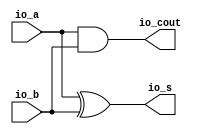
module HA( // @[:@3.2]
  output  io_s, // @[:@6.4]
  output  io_cout, // @[:@6.4]
  input   io_a, // @[:@6.4]
  input   io_b // @[:@6.4]
);
  assign io_s = io_a ^ io_b; // @[RA_Mul.scala 12:8:@11.4]
  assign io_cout = io_a & io_b; // @[RA_Mul.scala 11:11:@9.4]
endmodule
module FA( // @[:@13.2]
  output  io_s, // @[:@16.4]
  output  io_cout, // @[:@16.4]
  input   io_a, // @[:@16.4]
  input   io_b, // @[:@16.4]
  input   io_cin // @[:@16.4]
);
  wire  _T_15; // @[RA_Mul.scala 35:16:@18.4]
  wire  _T_17; // @[RA_Mul.scala 36:20:@21.4]
  wire  _T_18; // @[RA_Mul.scala 36:36:@22.4]
  wire  _T_19; // @[RA_Mul.scala 36:28:@23.4]
  wire  _T_20; // @[RA_Mul.scala 36:54:@24.4]
  assign _T_15 = io_a ^ io_b; // @[RA_Mul.scala 35:16:@18.4]
  assign _T_17 = io_a & io_b; // @[RA_Mul.scala 36:20:@21.4]
  assign _T_18 = io_a & io_cin; // @[RA_Mul.scala 36:36:@22.4]
  assign _T_19 = _T_17 | _T_18; // @[RA_Mul.scala 36:28:@23.4]
  assign _T_20 = io_b & io_cin; // @[RA_Mul.scala 36:54:@24.4]
  assign io_s = _T_15 ^ io_cin; // @[RA_Mul.scala 35:8:@20.4]
  assign io_cout = _T_19 | _T_20; // @[RA_Mul.scala 36:11:@26.4]
endmodule
module Reduction_3( // @[:@298.2]
  input   clock, // @[:@299.4]
  input   reset, // @[:@300.4]
  output  io_matrix_o_0_0, // @[:@301.4]
  output  io_matrix_o_0_1, // @[:@301.4]
  output  io_matrix_o_0_2, // @[:@301.4]
  output  io_matrix_o_0_3, // @[:@301.4]
  output  io_matrix_o_0_4, // @[:@301.4]
  output  io_matrix_o_0_5, // @[:@301.4]
  output  io_matrix_o_0_6, // @[:@301.4]
  output  io_matrix_o_0_7, // @[:@301.4]
  output  io_matrix_o_0_8, // @[:@301.4]
  output  io_matrix_o_0_9, // @[:@301.4]
  output  io_matrix_o_0_10, // @[:@301.4]
  output  io_matrix_o_0_11, // @[:@301.4]
  output  io_matrix_o_0_12, // @[:@301.4]
  output  io_matrix_o_0_13, // @[:@301.4]
  output  io_matrix_o_0_14, // @[:@301.4]
  output  io_matrix_o_0_15, // @[:@301.4]
  output  io_matrix_o_0_16, // @[:@301.4]
  output  io_matrix_o_0_17, // @[:@301.4]
  output  io_matrix_o_0_18, // @[:@301.4]
  output  io_matrix_o_0_19, // @[:@301.4]
  output  io_matrix_o_0_20, // @[:@301.4]
  output  io_matrix_o_0_21, // @[:@301.4]
  output  io_matrix_o_0_22, // @[:@301.4]
  output  io_matrix_o_0_23, // @[:@301.4]
  output  io_matrix_o_0_24, // @[:@301.4]
  output  io_matrix_o_0_25, // @[:@301.4]
  output  io_matrix_o_0_26, // @[:@301.4]
  output  io_matrix_o_0_27, // @[:@301.4]
  output  io_matrix_o_0_28, // @[:@301.4]
  output  io_matrix_o_0_29, // @[:@301.4]
  output  io_matrix_o_0_30, // @[:@301.4]
  output  io_matrix_o_0_31, // @[:@301.4]
  output  io_matrix_o_1_0, // @[:@301.4]
  output  io_matrix_o_1_1, // @[:@301.4]
  output  io_matrix_o_1_2, // @[:@301.4]
  output  io_matrix_o_1_3, // @[:@301.4]
  output  io_matrix_o_1_4, // @[:@301.4]
  output  io_matrix_o_1_5, // @[:@301.4]
  output  io_matrix_o_1_6, // @[:@301.4]
  output  io_matrix_o_1_7, // @[:@301.4]
  output  io_matrix_o_1_8, // @[:@301.4]
  output  io_matrix_o_1_9, // @[:@301.4]
  output  io_matrix_o_1_10, // @[:@301.4]
  output  io_matrix_o_1_11, // @[:@301.4]
  output  io_matrix_o_1_12, // @[:@301.4]
  output  io_matrix_o_1_13, // @[:@301.4]
  output  io_matrix_o_1_14, // @[:@301.4]
  output  io_matrix_o_1_15, // @[:@301.4]
  output  io_matrix_o_1_16, // @[:@301.4]
  output  io_matrix_o_1_17, // @[:@301.4]
  output  io_matrix_o_1_18, // @[:@301.4]
  output  io_matrix_o_1_19, // @[:@301.4]
  output  io_matrix_o_1_20, // @[:@301.4]
  output  io_matrix_o_1_21, // @[:@301.4]
  output  io_matrix_o_1_22, // @[:@301.4]
  output  io_matrix_o_1_23, // @[:@301.4]
  output  io_matrix_o_1_24, // @[:@301.4]
  output  io_matrix_o_1_25, // @[:@301.4]
  output  io_matrix_o_1_26, // @[:@301.4]
  output  io_matrix_o_1_27, // @[:@301.4]
  output  io_matrix_o_1_28, // @[:@301.4]
  output  io_matrix_o_1_29, // @[:@301.4]
  output  io_matrix_o_1_30, // @[:@301.4]
  output  io_matrix_o_1_31, // @[:@301.4]
  output  io_matrix_o_2_0, // @[:@301.4]
  output  io_matrix_o_2_1, // @[:@301.4]
  output  io_matrix_o_2_2, // @[:@301.4]
  output  io_matrix_o_2_3, // @[:@301.4]
  output  io_matrix_o_2_4, // @[:@301.4]
  output  io_matrix_o_2_5, // @[:@301.4]
  output  io_matrix_o_2_6, // @[:@301.4]
  output  io_matrix_o_2_7, // @[:@301.4]
  output  io_matrix_o_2_8, // @[:@301.4]
  output  io_matrix_o_2_9, // @[:@301.4]
  output  io_matrix_o_2_10, // @[:@301.4]
  output  io_matrix_o_2_11, // @[:@301.4]
  output  io_matrix_o_2_12, // @[:@301.4]
  output  io_matrix_o_2_13, // @[:@301.4]
  output  io_matrix_o_2_14, // @[:@301.4]
  output  io_matrix_o_2_15, // @[:@301.4]
  output  io_matrix_o_2_16, // @[:@301.4]
  output  io_matrix_o_2_17, // @[:@301.4]
  output  io_matrix_o_2_18, // @[:@301.4]
  output  io_matrix_o_2_19, // @[:@301.4]
  output  io_matrix_o_2_20, // @[:@301.4]
  output  io_matrix_o_2_21, // @[:@301.4]
  output  io_matrix_o_2_22, // @[:@301.4]
  output  io_matrix_o_2_23, // @[:@301.4]
  output  io_matrix_o_2_24, // @[:@301.4]
  output  io_matrix_o_2_25, // @[:@301.4]
  output  io_matrix_o_2_26, // @[:@301.4]
  output  io_matrix_o_2_27, // @[:@301.4]
  output  io_matrix_o_2_28, // @[:@301.4]
  output  io_matrix_o_2_29, // @[:@301.4]
  output  io_matrix_o_2_30, // @[:@301.4]
  output  io_matrix_o_2_31, // @[:@301.4]
  input   io_matrix_i_0_0, // @[:@301.4]
  input   io_matrix_i_0_1, // @[:@301.4]
  input   io_matrix_i_0_2, // @[:@301.4]
  input   io_matrix_i_0_3, // @[:@301.4]
  input   io_matrix_i_0_4, // @[:@301.4]
  input   io_matrix_i_0_5, // @[:@301.4]
  input   io_matrix_i_0_6, // @[:@301.4]
  input   io_matrix_i_0_7, // @[:@301.4]
  input   io_matrix_i_0_8, // @[:@301.4]
  input   io_matrix_i_0_9, // @[:@301.4]
  input   io_matrix_i_0_10, // @[:@301.4]
  input   io_matrix_i_0_11, // @[:@301.4]
  input   io_matrix_i_0_12, // @[:@301.4]
  input   io_matrix_i_0_13, // @[:@301.4]
  input   io_matrix_i_0_14, // @[:@301.4]
  input   io_matrix_i_0_15, // @[:@301.4]
  input   io_matrix_i_0_16, // @[:@301.4]
  input   io_matrix_i_0_17, // @[:@301.4]
  input   io_matrix_i_0_18, // @[:@301.4]
  input   io_matrix_i_0_19, // @[:@301.4]
  input   io_matrix_i_0_20, // @[:@301.4]
  input   io_matrix_i_0_21, // @[:@301.4]
  input   io_matrix_i_0_22, // @[:@301.4]
  input   io_matrix_i_0_23, // @[:@301.4]
  input   io_matrix_i_0_24, // @[:@301.4]
  input   io_matrix_i_0_25, // @[:@301.4]
  input   io_matrix_i_0_26, // @[:@301.4]
  input   io_matrix_i_0_27, // @[:@301.4]
  input   io_matrix_i_0_28, // @[:@301.4]
  input   io_matrix_i_0_29, // @[:@301.4]
  input   io_matrix_i_0_30, // @[:@301.4]
  input   io_matrix_i_0_31, // @[:@301.4]
  input   io_matrix_i_1_0, // @[:@301.4]
  input   io_matrix_i_1_1, // @[:@301.4]
  input   io_matrix_i_1_2, // @[:@301.4]
  input   io_matrix_i_1_3, // @[:@301.4]
  input   io_matrix_i_1_4, // @[:@301.4]
  input   io_matrix_i_1_5, // @[:@301.4]
  input   io_matrix_i_1_6, // @[:@301.4]
  input   io_matrix_i_1_7, // @[:@301.4]
  input   io_matrix_i_1_8, // @[:@301.4]
  input   io_matrix_i_1_9, // @[:@301.4]
  input   io_matrix_i_1_10, // @[:@301.4]
  input   io_matrix_i_1_11, // @[:@301.4]
  input   io_matrix_i_1_12, // @[:@301.4]
  input   io_matrix_i_1_13, // @[:@301.4]
  input   io_matrix_i_1_14, // @[:@301.4]
  input   io_matrix_i_1_15, // @[:@301.4]
  input   io_matrix_i_1_16, // @[:@301.4]
  input   io_matrix_i_1_17, // @[:@301.4]
  input   io_matrix_i_1_18, // @[:@301.4]
  input   io_matrix_i_1_19, // @[:@301.4]
  input   io_matrix_i_1_20, // @[:@301.4]
  input   io_matrix_i_1_21, // @[:@301.4]
  input   io_matrix_i_1_22, // @[:@301.4]
  input   io_matrix_i_1_23, // @[:@301.4]
  input   io_matrix_i_1_24, // @[:@301.4]
  input   io_matrix_i_1_25, // @[:@301.4]
  input   io_matrix_i_1_26, // @[:@301.4]
  input   io_matrix_i_1_27, // @[:@301.4]
  input   io_matrix_i_1_28, // @[:@301.4]
  input   io_matrix_i_1_29, // @[:@301.4]
  input   io_matrix_i_1_30, // @[:@301.4]
  input   io_matrix_i_1_31, // @[:@301.4]
  input   io_matrix_i_2_0, // @[:@301.4]
  input   io_matrix_i_2_1, // @[:@301.4]
  input   io_matrix_i_2_2, // @[:@301.4]
  input   io_matrix_i_2_3, // @[:@301.4]
  input   io_matrix_i_2_4, // @[:@301.4]
  input   io_matrix_i_2_5, // @[:@301.4]
  input   io_matrix_i_2_6, // @[:@301.4]
  input   io_matrix_i_2_7, // @[:@301.4]
  input   io_matrix_i_2_8, // @[:@301.4]
  input   io_matrix_i_2_9, // @[:@301.4]
  input   io_matrix_i_2_10, // @[:@301.4]
  input   io_matrix_i_2_11, // @[:@301.4]
  input   io_matrix_i_2_12, // @[:@301.4]
  input   io_matrix_i_2_13, // @[:@301.4]
  input   io_matrix_i_2_14, // @[:@301.4]
  input   io_matrix_i_2_15, // @[:@301.4]
  input   io_matrix_i_2_16, // @[:@301.4]
  input   io_matrix_i_2_17, // @[:@301.4]
  input   io_matrix_i_2_18, // @[:@301.4]
  input   io_matrix_i_2_19, // @[:@301.4]
  input   io_matrix_i_2_20, // @[:@301.4]
  input   io_matrix_i_2_21, // @[:@301.4]
  input   io_matrix_i_2_22, // @[:@301.4]
  input   io_matrix_i_2_23, // @[:@301.4]
  input   io_matrix_i_2_24, // @[:@301.4]
  input   io_matrix_i_2_25, // @[:@301.4]
  input   io_matrix_i_2_26, // @[:@301.4]
  input   io_matrix_i_2_27, // @[:@301.4]
  input   io_matrix_i_2_28, // @[:@301.4]
  input   io_matrix_i_2_29, // @[:@301.4]
  input   io_matrix_i_2_30, // @[:@301.4]
  input   io_matrix_i_2_31, // @[:@301.4]
  input   io_matrix_i_3_0, // @[:@301.4]
  input   io_matrix_i_3_1, // @[:@301.4]
  input   io_matrix_i_3_2, // @[:@301.4]
  input   io_matrix_i_3_3, // @[:@301.4]
  input   io_matrix_i_3_4, // @[:@301.4]
  input   io_matrix_i_3_5, // @[:@301.4]
  input   io_matrix_i_3_6, // @[:@301.4]
  input   io_matrix_i_3_7, // @[:@301.4]
  input   io_matrix_i_3_8, // @[:@301.4]
  input   io_matrix_i_3_9, // @[:@301.4]
  input   io_matrix_i_3_10, // @[:@301.4]
  input   io_matrix_i_3_11, // @[:@301.4]
  input   io_matrix_i_3_12, // @[:@301.4]
  input   io_matrix_i_3_13, // @[:@301.4]
  input   io_matrix_i_3_14, // @[:@301.4]
  input   io_matrix_i_3_15, // @[:@301.4]
  input   io_matrix_i_3_16, // @[:@301.4]
  input   io_matrix_i_3_17, // @[:@301.4]
  input   io_matrix_i_3_18, // @[:@301.4]
  input   io_matrix_i_3_19, // @[:@301.4]
  input   io_matrix_i_3_20, // @[:@301.4]
  input   io_matrix_i_3_21, // @[:@301.4]
  input   io_matrix_i_3_22, // @[:@301.4]
  input   io_matrix_i_3_23, // @[:@301.4]
  input   io_matrix_i_3_24, // @[:@301.4]
  input   io_matrix_i_3_25, // @[:@301.4]
  input   io_matrix_i_3_26, // @[:@301.4]
  input   io_matrix_i_3_27, // @[:@301.4]
  input   io_matrix_i_3_28, // @[:@301.4]
  input   io_matrix_i_3_29, // @[:@301.4]
  input   io_matrix_i_3_30, // @[:@301.4]
  input   io_matrix_i_3_31 // @[:@301.4]
);
  wire  HA_io_s; // @[RA_Mul.scala 18:21:@309.4]
  wire  HA_io_cout; // @[RA_Mul.scala 18:21:@309.4]
  wire  HA_io_a; // @[RA_Mul.scala 18:21:@309.4]
  wire  HA_io_b; // @[RA_Mul.scala 18:21:@309.4]
  wire  FA_io_s; // @[RA_Mul.scala 42:21:@320.4]
  wire  FA_io_cout; // @[RA_Mul.scala 42:21:@320.4]
  wire  FA_io_a; // @[RA_Mul.scala 42:21:@320.4]
  wire  FA_io_b; // @[RA_Mul.scala 42:21:@320.4]
  wire  FA_io_cin; // @[RA_Mul.scala 42:21:@320.4]
  wire  FA_1_io_s; // @[RA_Mul.scala 42:21:@341.4]
  wire  FA_1_io_cout; // @[RA_Mul.scala 42:21:@341.4]
  wire  FA_1_io_a; // @[RA_Mul.scala 42:21:@341.4]
  wire  FA_1_io_b; // @[RA_Mul.scala 42:21:@341.4]
  wire  FA_1_io_cin; // @[RA_Mul.scala 42:21:@341.4]
  wire  FA_2_io_s; // @[RA_Mul.scala 42:21:@351.4]
  wire  FA_2_io_cout; // @[RA_Mul.scala 42:21:@351.4]
  wire  FA_2_io_a; // @[RA_Mul.scala 42:21:@351.4]
  wire  FA_2_io_b; // @[RA_Mul.scala 42:21:@351.4]
  wire  FA_2_io_cin; // @[RA_Mul.scala 42:21:@351.4]
  wire  FA_3_io_s; // @[RA_Mul.scala 42:21:@360.4]
  wire  FA_3_io_cout; // @[RA_Mul.scala 42:21:@360.4]
  wire  FA_3_io_a; // @[RA_Mul.scala 42:21:@360.4]
  wire  FA_3_io_b; // @[RA_Mul.scala 42:21:@360.4]
  wire  FA_3_io_cin; // @[RA_Mul.scala 42:21:@360.4]
  wire  FA_4_io_s; // @[RA_Mul.scala 42:21:@369.4]
  wire  FA_4_io_cout; // @[RA_Mul.scala 42:21:@369.4]
  wire  FA_4_io_a; // @[RA_Mul.scala 42:21:@369.4]
  wire  FA_4_io_b; // @[RA_Mul.scala 42:21:@369.4]
  wire  FA_4_io_cin; // @[RA_Mul.scala 42:21:@369.4]
  wire  FA_5_io_s; // @[RA_Mul.scala 42:21:@378.4]
  wire  FA_5_io_cout; // @[RA_Mul.scala 42:21:@378.4]
  wire  FA_5_io_a; // @[RA_Mul.scala 42:21:@378.4]
  wire  FA_5_io_b; // @[RA_Mul.scala 42:21:@378.4]
  wire  FA_5_io_cin; // @[RA_Mul.scala 42:21:@378.4]
  wire  FA_6_io_s; // @[RA_Mul.scala 42:21:@387.4]
  wire  FA_6_io_cout; // @[RA_Mul.scala 42:21:@387.4]
  wire  FA_6_io_a; // @[RA_Mul.scala 42:21:@387.4]
  wire  FA_6_io_b; // @[RA_Mul.scala 42:21:@387.4]
  wire  FA_6_io_cin; // @[RA_Mul.scala 42:21:@387.4]
  wire  FA_7_io_s; // @[RA_Mul.scala 42:21:@396.4]
  wire  FA_7_io_cout; // @[RA_Mul.scala 42:21:@396.4]
  wire  FA_7_io_a; // @[RA_Mul.scala 42:21:@396.4]
  wire  FA_7_io_b; // @[RA_Mul.scala 42:21:@396.4]
  wire  FA_7_io_cin; // @[RA_Mul.scala 42:21:@396.4]
  wire  FA_8_io_s; // @[RA_Mul.scala 42:21:@405.4]
  wire  FA_8_io_cout; // @[RA_Mul.scala 42:21:@405.4]
  wire  FA_8_io_a; // @[RA_Mul.scala 42:21:@405.4]
  wire  FA_8_io_b; // @[RA_Mul.scala 42:21:@405.4]
  wire  FA_8_io_cin; // @[RA_Mul.scala 42:21:@405.4]
  wire  FA_9_io_s; // @[RA_Mul.scala 42:21:@414.4]
  wire  FA_9_io_cout; // @[RA_Mul.scala 42:21:@414.4]
  wire  FA_9_io_a; // @[RA_Mul.scala 42:21:@414.4]
  wire  FA_9_io_b; // @[RA_Mul.scala 42:21:@414.4]
  wire  FA_9_io_cin; // @[RA_Mul.scala 42:21:@414.4]
  wire  FA_10_io_s; // @[RA_Mul.scala 42:21:@423.4]
  wire  FA_10_io_cout; // @[RA_Mul.scala 42:21:@423.4]
  wire  FA_10_io_a; // @[RA_Mul.scala 42:21:@423.4]
  wire  FA_10_io_b; // @[RA_Mul.scala 42:21:@423.4]
  wire  FA_10_io_cin; // @[RA_Mul.scala 42:21:@423.4]
  wire  FA_11_io_s; // @[RA_Mul.scala 42:21:@432.4]
  wire  FA_11_io_cout; // @[RA_Mul.scala 42:21:@432.4]
  wire  FA_11_io_a; // @[RA_Mul.scala 42:21:@432.4]
  wire  FA_11_io_b; // @[RA_Mul.scala 42:21:@432.4]
  wire  FA_11_io_cin; // @[RA_Mul.scala 42:21:@432.4]
  wire  FA_12_io_s; // @[RA_Mul.scala 42:21:@441.4]
  wire  FA_12_io_cout; // @[RA_Mul.scala 42:21:@441.4]
  wire  FA_12_io_a; // @[RA_Mul.scala 42:21:@441.4]
  wire  FA_12_io_b; // @[RA_Mul.scala 42:21:@441.4]
  wire  FA_12_io_cin; // @[RA_Mul.scala 42:21:@441.4]
  wire  FA_13_io_s; // @[RA_Mul.scala 42:21:@450.4]
  wire  FA_13_io_cout; // @[RA_Mul.scala 42:21:@450.4]
  wire  FA_13_io_a; // @[RA_Mul.scala 42:21:@450.4]
  wire  FA_13_io_b; // @[RA_Mul.scala 42:21:@450.4]
  wire  FA_13_io_cin; // @[RA_Mul.scala 42:21:@450.4]
  wire  FA_14_io_s; // @[RA_Mul.scala 42:21:@459.4]
  wire  FA_14_io_cout; // @[RA_Mul.scala 42:21:@459.4]
  wire  FA_14_io_a; // @[RA_Mul.scala 42:21:@459.4]
  wire  FA_14_io_b; // @[RA_Mul.scala 42:21:@459.4]
  wire  FA_14_io_cin; // @[RA_Mul.scala 42:21:@459.4]
  wire  FA_15_io_s; // @[RA_Mul.scala 42:21:@468.4]
  wire  FA_15_io_cout; // @[RA_Mul.scala 42:21:@468.4]
  wire  FA_15_io_a; // @[RA_Mul.scala 42:21:@468.4]
  wire  FA_15_io_b; // @[RA_Mul.scala 42:21:@468.4]
  wire  FA_15_io_cin; // @[RA_Mul.scala 42:21:@468.4]
  wire  FA_16_io_s; // @[RA_Mul.scala 42:21:@477.4]
  wire  FA_16_io_cout; // @[RA_Mul.scala 42:21:@477.4]
  wire  FA_16_io_a; // @[RA_Mul.scala 42:21:@477.4]
  wire  FA_16_io_b; // @[RA_Mul.scala 42:21:@477.4]
  wire  FA_16_io_cin; // @[RA_Mul.scala 42:21:@477.4]
  wire  FA_17_io_s; // @[RA_Mul.scala 42:21:@491.4]
  wire  FA_17_io_cout; // @[RA_Mul.scala 42:21:@491.4]
  wire  FA_17_io_a; // @[RA_Mul.scala 42:21:@491.4]
  wire  FA_17_io_b; // @[RA_Mul.scala 42:21:@491.4]
  wire  FA_17_io_cin; // @[RA_Mul.scala 42:21:@491.4]
  wire  FA_18_io_s; // @[RA_Mul.scala 42:21:@506.4]
  wire  FA_18_io_cout; // @[RA_Mul.scala 42:21:@506.4]
  wire  FA_18_io_a; // @[RA_Mul.scala 42:21:@506.4]
  wire  FA_18_io_b; // @[RA_Mul.scala 42:21:@506.4]
  wire  FA_18_io_cin; // @[RA_Mul.scala 42:21:@506.4]
  HA HA ( // @[RA_Mul.scala 18:21:@309.4]
    .io_s(HA_io_s),
    .io_cout(HA_io_cout),
    .io_a(HA_io_a),
    .io_b(HA_io_b)
  );
  FA FA ( // @[RA_Mul.scala 42:21:@320.4]
    .io_s(FA_io_s),
    .io_cout(FA_io_cout),
    .io_a(FA_io_a),
    .io_b(FA_io_b),
    .io_cin(FA_io_cin)
  );
  FA FA_1 ( // @[RA_Mul.scala 42:21:@341.4]
    .io_s(FA_1_io_s),
    .io_cout(FA_1_io_cout),
    .io_a(FA_1_io_a),
    .io_b(FA_1_io_b),
    .io_cin(FA_1_io_cin)
  );
  FA FA_2 ( // @[RA_Mul.scala 42:21:@351.4]
    .io_s(FA_2_io_s),
    .io_cout(FA_2_io_cout),
    .io_a(FA_2_io_a),
    .io_b(FA_2_io_b),
    .io_cin(FA_2_io_cin)
  );
  FA FA_3 ( // @[RA_Mul.scala 42:21:@360.4]
    .io_s(FA_3_io_s),
    .io_cout(FA_3_io_cout),
    .io_a(FA_3_io_a),
    .io_b(FA_3_io_b),
    .io_cin(FA_3_io_cin)
  );
  FA FA_4 ( // @[RA_Mul.scala 42:21:@369.4]
    .io_s(FA_4_io_s),
    .io_cout(FA_4_io_cout),
    .io_a(FA_4_io_a),
    .io_b(FA_4_io_b),
    .io_cin(FA_4_io_cin)
  );
  FA FA_5 ( // @[RA_Mul.scala 42:21:@378.4]
    .io_s(FA_5_io_s),
    .io_cout(FA_5_io_cout),
    .io_a(FA_5_io_a),
    .io_b(FA_5_io_b),
    .io_cin(FA_5_io_cin)
  );
  FA FA_6 ( // @[RA_Mul.scala 42:21:@387.4]
    .io_s(FA_6_io_s),
    .io_cout(FA_6_io_cout),
    .io_a(FA_6_io_a),
    .io_b(FA_6_io_b),
    .io_cin(FA_6_io_cin)
  );
  FA FA_7 ( // @[RA_Mul.scala 42:21:@396.4]
    .io_s(FA_7_io_s),
    .io_cout(FA_7_io_cout),
    .io_a(FA_7_io_a),
    .io_b(FA_7_io_b),
    .io_cin(FA_7_io_cin)
  );
  FA FA_8 ( // @[RA_Mul.scala 42:21:@405.4]
    .io_s(FA_8_io_s),
    .io_cout(FA_8_io_cout),
    .io_a(FA_8_io_a),
    .io_b(FA_8_io_b),
    .io_cin(FA_8_io_cin)
  );
  FA FA_9 ( // @[RA_Mul.scala 42:21:@414.4]
    .io_s(FA_9_io_s),
    .io_cout(FA_9_io_cout),
    .io_a(FA_9_io_a),
    .io_b(FA_9_io_b),
    .io_cin(FA_9_io_cin)
  );
  FA FA_10 ( // @[RA_Mul.scala 42:21:@423.4]
    .io_s(FA_10_io_s),
    .io_cout(FA_10_io_cout),
    .io_a(FA_10_io_a),
    .io_b(FA_10_io_b),
    .io_cin(FA_10_io_cin)
  );
  FA FA_11 ( // @[RA_Mul.scala 42:21:@432.4]
    .io_s(FA_11_io_s),
    .io_cout(FA_11_io_cout),
    .io_a(FA_11_io_a),
    .io_b(FA_11_io_b),
    .io_cin(FA_11_io_cin)
  );
  FA FA_12 ( // @[RA_Mul.scala 42:21:@441.4]
    .io_s(FA_12_io_s),
    .io_cout(FA_12_io_cout),
    .io_a(FA_12_io_a),
    .io_b(FA_12_io_b),
    .io_cin(FA_12_io_cin)
  );
  FA FA_13 ( // @[RA_Mul.scala 42:21:@450.4]
    .io_s(FA_13_io_s),
    .io_cout(FA_13_io_cout),
    .io_a(FA_13_io_a),
    .io_b(FA_13_io_b),
    .io_cin(FA_13_io_cin)
  );
  FA FA_14 ( // @[RA_Mul.scala 42:21:@459.4]
    .io_s(FA_14_io_s),
    .io_cout(FA_14_io_cout),
    .io_a(FA_14_io_a),
    .io_b(FA_14_io_b),
    .io_cin(FA_14_io_cin)
  );
  FA FA_15 ( // @[RA_Mul.scala 42:21:@468.4]
    .io_s(FA_15_io_s),
    .io_cout(FA_15_io_cout),
    .io_a(FA_15_io_a),
    .io_b(FA_15_io_b),
    .io_cin(FA_15_io_cin)
  );
  FA FA_16 ( // @[RA_Mul.scala 42:21:@477.4]
    .io_s(FA_16_io_s),
    .io_cout(FA_16_io_cout),
    .io_a(FA_16_io_a),
    .io_b(FA_16_io_b),
    .io_cin(FA_16_io_cin)
  );
  FA FA_17 ( // @[RA_Mul.scala 42:21:@491.4]
    .io_s(FA_17_io_s),
    .io_cout(FA_17_io_cout),
    .io_a(FA_17_io_a),
    .io_b(FA_17_io_b),
    .io_cin(FA_17_io_cin)
  );
  FA FA_18 ( // @[RA_Mul.scala 42:21:@506.4]
    .io_s(FA_18_io_s),
    .io_cout(FA_18_io_cout),
    .io_a(FA_18_io_a),
    .io_b(FA_18_io_b),
    .io_cin(FA_18_io_cin)
  );
  assign io_matrix_o_0_0 = io_matrix_i_0_0; // @[RA_Mul.scala 421:21:@303.4]
  assign io_matrix_o_0_1 = io_matrix_i_0_1; // @[RA_Mul.scala 424:21:@306.4]
  assign io_matrix_o_0_2 = HA_io_s; // @[RA_Mul.scala 21:7:@314.4]
  assign io_matrix_o_0_3 = io_matrix_i_0_3; // @[RA_Mul.scala 430:21:@318.4]
  assign io_matrix_o_0_4 = FA_io_s; // @[RA_Mul.scala 46:7:@326.4]
  assign io_matrix_o_0_5 = io_matrix_i_0_5; // @[RA_Mul.scala 436:21:@330.4]
  assign io_matrix_o_0_6 = io_matrix_i_0_6; // @[RA_Mul.scala 440:23:@332.4]
  assign io_matrix_o_0_7 = io_matrix_i_0_7; // @[RA_Mul.scala 440:23:@335.4]
  assign io_matrix_o_0_8 = io_matrix_i_0_8; // @[RA_Mul.scala 440:23:@338.4]
  assign io_matrix_o_0_9 = FA_1_io_s; // @[RA_Mul.scala 46:7:@347.4]
  assign io_matrix_o_0_10 = FA_2_io_s; // @[RA_Mul.scala 46:7:@357.4]
  assign io_matrix_o_0_11 = FA_3_io_s; // @[RA_Mul.scala 46:7:@366.4]
  assign io_matrix_o_0_12 = FA_4_io_s; // @[RA_Mul.scala 46:7:@375.4]
  assign io_matrix_o_0_13 = FA_5_io_s; // @[RA_Mul.scala 46:7:@384.4]
  assign io_matrix_o_0_14 = FA_6_io_s; // @[RA_Mul.scala 46:7:@393.4]
  assign io_matrix_o_0_15 = FA_7_io_s; // @[RA_Mul.scala 46:7:@402.4]
  assign io_matrix_o_0_16 = FA_8_io_s; // @[RA_Mul.scala 46:7:@411.4]
  assign io_matrix_o_0_17 = FA_9_io_s; // @[RA_Mul.scala 46:7:@420.4]
  assign io_matrix_o_0_18 = FA_10_io_s; // @[RA_Mul.scala 46:7:@429.4]
  assign io_matrix_o_0_19 = FA_11_io_s; // @[RA_Mul.scala 46:7:@438.4]
  assign io_matrix_o_0_20 = FA_12_io_s; // @[RA_Mul.scala 46:7:@447.4]
  assign io_matrix_o_0_21 = FA_13_io_s; // @[RA_Mul.scala 46:7:@456.4]
  assign io_matrix_o_0_22 = FA_14_io_s; // @[RA_Mul.scala 46:7:@465.4]
  assign io_matrix_o_0_23 = FA_15_io_s; // @[RA_Mul.scala 46:7:@474.4]
  assign io_matrix_o_0_24 = FA_16_io_s; // @[RA_Mul.scala 46:7:@483.4]
  assign io_matrix_o_0_25 = io_matrix_i_0_25; // @[RA_Mul.scala 468:22:@486.4]
  assign io_matrix_o_0_26 = io_matrix_i_0_26; // @[RA_Mul.scala 471:22:@488.4]
  assign io_matrix_o_0_27 = FA_17_io_s; // @[RA_Mul.scala 46:7:@497.4]
  assign io_matrix_o_0_28 = io_matrix_i_0_28; // @[RA_Mul.scala 478:22:@501.4]
  assign io_matrix_o_0_29 = io_matrix_i_0_29; // @[RA_Mul.scala 481:22:@503.4]
  assign io_matrix_o_0_30 = FA_18_io_s; // @[RA_Mul.scala 46:7:@512.4]
  assign io_matrix_o_0_31 = io_matrix_i_0_31; // @[RA_Mul.scala 487:22:@516.4]
  assign io_matrix_o_1_0 = 1'h0; // @[RA_Mul.scala 417:19:@304.4]
  assign io_matrix_o_1_1 = 1'h0; // @[RA_Mul.scala 417:19:@307.4]
  assign io_matrix_o_1_2 = 1'h0; // @[RA_Mul.scala 417:19:@316.4]
  assign io_matrix_o_1_3 = HA_io_cout; // @[RA_Mul.scala 22:10:@315.4]
  assign io_matrix_o_1_4 = 1'h0; // @[RA_Mul.scala 417:19:@328.4]
  assign io_matrix_o_1_5 = FA_io_cout; // @[RA_Mul.scala 47:10:@327.4]
  assign io_matrix_o_1_6 = io_matrix_i_1_6; // @[RA_Mul.scala 441:23:@333.4]
  assign io_matrix_o_1_7 = io_matrix_i_1_7; // @[RA_Mul.scala 441:23:@336.4]
  assign io_matrix_o_1_8 = io_matrix_i_1_8; // @[RA_Mul.scala 441:23:@339.4]
  assign io_matrix_o_1_9 = io_matrix_i_3_9; // @[RA_Mul.scala 446:21:@349.4]
  assign io_matrix_o_1_10 = FA_1_io_cout; // @[RA_Mul.scala 47:10:@348.4]
  assign io_matrix_o_1_11 = FA_2_io_cout; // @[RA_Mul.scala 47:10:@358.4]
  assign io_matrix_o_1_12 = FA_3_io_cout; // @[RA_Mul.scala 47:10:@367.4]
  assign io_matrix_o_1_13 = FA_4_io_cout; // @[RA_Mul.scala 47:10:@376.4]
  assign io_matrix_o_1_14 = FA_5_io_cout; // @[RA_Mul.scala 47:10:@385.4]
  assign io_matrix_o_1_15 = FA_6_io_cout; // @[RA_Mul.scala 47:10:@394.4]
  assign io_matrix_o_1_16 = FA_7_io_cout; // @[RA_Mul.scala 47:10:@403.4]
  assign io_matrix_o_1_17 = FA_8_io_cout; // @[RA_Mul.scala 47:10:@412.4]
  assign io_matrix_o_1_18 = FA_9_io_cout; // @[RA_Mul.scala 47:10:@421.4]
  assign io_matrix_o_1_19 = FA_10_io_cout; // @[RA_Mul.scala 47:10:@430.4]
  assign io_matrix_o_1_20 = FA_11_io_cout; // @[RA_Mul.scala 47:10:@439.4]
  assign io_matrix_o_1_21 = FA_12_io_cout; // @[RA_Mul.scala 47:10:@448.4]
  assign io_matrix_o_1_22 = FA_13_io_cout; // @[RA_Mul.scala 47:10:@457.4]
  assign io_matrix_o_1_23 = FA_14_io_cout; // @[RA_Mul.scala 47:10:@466.4]
  assign io_matrix_o_1_24 = FA_15_io_cout; // @[RA_Mul.scala 47:10:@475.4]
  assign io_matrix_o_1_25 = FA_16_io_cout; // @[RA_Mul.scala 47:10:@484.4]
  assign io_matrix_o_1_26 = io_matrix_i_1_26; // @[RA_Mul.scala 472:22:@489.4]
  assign io_matrix_o_1_27 = 1'h0; // @[RA_Mul.scala 417:19:@499.4]
  assign io_matrix_o_1_28 = FA_17_io_cout; // @[RA_Mul.scala 47:10:@498.4]
  assign io_matrix_o_1_29 = 1'h0; // @[RA_Mul.scala 417:19:@504.4]
  assign io_matrix_o_1_30 = 1'h0; // @[RA_Mul.scala 417:19:@514.4]
  assign io_matrix_o_1_31 = FA_18_io_cout; // @[RA_Mul.scala 47:10:@513.4]
  assign io_matrix_o_2_0 = 1'h0; // @[RA_Mul.scala 417:19:@305.4]
  assign io_matrix_o_2_1 = 1'h0; // @[RA_Mul.scala 417:19:@308.4]
  assign io_matrix_o_2_2 = 1'h0; // @[RA_Mul.scala 417:19:@317.4]
  assign io_matrix_o_2_3 = 1'h0; // @[RA_Mul.scala 417:19:@319.4]
  assign io_matrix_o_2_4 = 1'h0; // @[RA_Mul.scala 417:19:@329.4]
  assign io_matrix_o_2_5 = io_matrix_i_1_5; // @[RA_Mul.scala 437:21:@331.4]
  assign io_matrix_o_2_6 = 1'h0; // @[RA_Mul.scala 417:19:@334.4]
  assign io_matrix_o_2_7 = 1'h0; // @[RA_Mul.scala 417:19:@337.4]
  assign io_matrix_o_2_8 = 1'h0; // @[RA_Mul.scala 417:19:@340.4]
  assign io_matrix_o_2_9 = 1'h0; // @[RA_Mul.scala 417:19:@350.4]
  assign io_matrix_o_2_10 = 1'h0; // @[RA_Mul.scala 417:19:@359.4]
  assign io_matrix_o_2_11 = 1'h0; // @[RA_Mul.scala 417:19:@368.4]
  assign io_matrix_o_2_12 = 1'h0; // @[RA_Mul.scala 417:19:@377.4]
  assign io_matrix_o_2_13 = io_matrix_i_3_13; // @[RA_Mul.scala 456:23:@386.4]
  assign io_matrix_o_2_14 = io_matrix_i_3_14; // @[RA_Mul.scala 456:23:@395.4]
  assign io_matrix_o_2_15 = io_matrix_i_3_15; // @[RA_Mul.scala 456:23:@404.4]
  assign io_matrix_o_2_16 = io_matrix_i_3_16; // @[RA_Mul.scala 456:23:@413.4]
  assign io_matrix_o_2_17 = io_matrix_i_3_17; // @[RA_Mul.scala 456:23:@422.4]
  assign io_matrix_o_2_18 = io_matrix_i_3_18; // @[RA_Mul.scala 456:23:@431.4]
  assign io_matrix_o_2_19 = io_matrix_i_3_19; // @[RA_Mul.scala 456:23:@440.4]
  assign io_matrix_o_2_20 = io_matrix_i_3_20; // @[RA_Mul.scala 456:23:@449.4]
  assign io_matrix_o_2_21 = io_matrix_i_3_21; // @[RA_Mul.scala 456:23:@458.4]
  assign io_matrix_o_2_22 = 1'h0; // @[RA_Mul.scala 417:19:@467.4]
  assign io_matrix_o_2_23 = io_matrix_i_3_23; // @[RA_Mul.scala 463:22:@476.4]
  assign io_matrix_o_2_24 = 1'h0; // @[RA_Mul.scala 417:19:@485.4]
  assign io_matrix_o_2_25 = io_matrix_i_1_25; // @[RA_Mul.scala 469:22:@487.4]
  assign io_matrix_o_2_26 = 1'h0; // @[RA_Mul.scala 417:19:@490.4]
  assign io_matrix_o_2_27 = 1'h0; // @[RA_Mul.scala 417:19:@500.4]
  assign io_matrix_o_2_28 = io_matrix_i_1_28; // @[RA_Mul.scala 479:22:@502.4]
  assign io_matrix_o_2_29 = 1'h0; // @[RA_Mul.scala 417:19:@505.4]
  assign io_matrix_o_2_30 = 1'h0; // @[RA_Mul.scala 417:19:@515.4]
  assign io_matrix_o_2_31 = 1'h0; // @[RA_Mul.scala 417:19:@517.4]
  assign HA_io_a = io_matrix_i_0_2; // @[RA_Mul.scala 19:14:@312.4]
  assign HA_io_b = io_matrix_i_1_2; // @[RA_Mul.scala 20:14:@313.4]
  assign FA_io_a = io_matrix_i_0_4; // @[RA_Mul.scala 43:14:@323.4]
  assign FA_io_b = io_matrix_i_1_4; // @[RA_Mul.scala 44:14:@324.4]
  assign FA_io_cin = io_matrix_i_2_4; // @[RA_Mul.scala 45:16:@325.4]
  assign FA_1_io_a = io_matrix_i_0_9; // @[RA_Mul.scala 43:14:@344.4]
  assign FA_1_io_b = io_matrix_i_1_9; // @[RA_Mul.scala 44:14:@345.4]
  assign FA_1_io_cin = io_matrix_i_2_9; // @[RA_Mul.scala 45:16:@346.4]
  assign FA_2_io_a = io_matrix_i_0_10; // @[RA_Mul.scala 43:14:@354.4]
  assign FA_2_io_b = io_matrix_i_1_10; // @[RA_Mul.scala 44:14:@355.4]
  assign FA_2_io_cin = io_matrix_i_2_10; // @[RA_Mul.scala 45:16:@356.4]
  assign FA_3_io_a = io_matrix_i_0_11; // @[RA_Mul.scala 43:14:@363.4]
  assign FA_3_io_b = io_matrix_i_1_11; // @[RA_Mul.scala 44:14:@364.4]
  assign FA_3_io_cin = io_matrix_i_2_11; // @[RA_Mul.scala 45:16:@365.4]
  assign FA_4_io_a = io_matrix_i_0_12; // @[RA_Mul.scala 43:14:@372.4]
  assign FA_4_io_b = io_matrix_i_1_12; // @[RA_Mul.scala 44:14:@373.4]
  assign FA_4_io_cin = io_matrix_i_2_12; // @[RA_Mul.scala 45:16:@374.4]
  assign FA_5_io_a = io_matrix_i_0_13; // @[RA_Mul.scala 43:14:@381.4]
  assign FA_5_io_b = io_matrix_i_1_13; // @[RA_Mul.scala 44:14:@382.4]
  assign FA_5_io_cin = io_matrix_i_2_13; // @[RA_Mul.scala 45:16:@383.4]
  assign FA_6_io_a = io_matrix_i_0_14; // @[RA_Mul.scala 43:14:@390.4]
  assign FA_6_io_b = io_matrix_i_1_14; // @[RA_Mul.scala 44:14:@391.4]
  assign FA_6_io_cin = io_matrix_i_2_14; // @[RA_Mul.scala 45:16:@392.4]
  assign FA_7_io_a = io_matrix_i_0_15; // @[RA_Mul.scala 43:14:@399.4]
  assign FA_7_io_b = io_matrix_i_1_15; // @[RA_Mul.scala 44:14:@400.4]
  assign FA_7_io_cin = io_matrix_i_2_15; // @[RA_Mul.scala 45:16:@401.4]
  assign FA_8_io_a = io_matrix_i_0_16; // @[RA_Mul.scala 43:14:@408.4]
  assign FA_8_io_b = io_matrix_i_1_16; // @[RA_Mul.scala 44:14:@409.4]
  assign FA_8_io_cin = io_matrix_i_2_16; // @[RA_Mul.scala 45:16:@410.4]
  assign FA_9_io_a = io_matrix_i_0_17; // @[RA_Mul.scala 43:14:@417.4]
  assign FA_9_io_b = io_matrix_i_1_17; // @[RA_Mul.scala 44:14:@418.4]
  assign FA_9_io_cin = io_matrix_i_2_17; // @[RA_Mul.scala 45:16:@419.4]
  assign FA_10_io_a = io_matrix_i_0_18; // @[RA_Mul.scala 43:14:@426.4]
  assign FA_10_io_b = io_matrix_i_1_18; // @[RA_Mul.scala 44:14:@427.4]
  assign FA_10_io_cin = io_matrix_i_2_18; // @[RA_Mul.scala 45:16:@428.4]
  assign FA_11_io_a = io_matrix_i_0_19; // @[RA_Mul.scala 43:14:@435.4]
  assign FA_11_io_b = io_matrix_i_1_19; // @[RA_Mul.scala 44:14:@436.4]
  assign FA_11_io_cin = io_matrix_i_2_19; // @[RA_Mul.scala 45:16:@437.4]
  assign FA_12_io_a = io_matrix_i_0_20; // @[RA_Mul.scala 43:14:@444.4]
  assign FA_12_io_b = io_matrix_i_1_20; // @[RA_Mul.scala 44:14:@445.4]
  assign FA_12_io_cin = io_matrix_i_2_20; // @[RA_Mul.scala 45:16:@446.4]
  assign FA_13_io_a = io_matrix_i_0_21; // @[RA_Mul.scala 43:14:@453.4]
  assign FA_13_io_b = io_matrix_i_1_21; // @[RA_Mul.scala 44:14:@454.4]
  assign FA_13_io_cin = io_matrix_i_2_21; // @[RA_Mul.scala 45:16:@455.4]
  assign FA_14_io_a = io_matrix_i_0_22; // @[RA_Mul.scala 43:14:@462.4]
  assign FA_14_io_b = io_matrix_i_1_22; // @[RA_Mul.scala 44:14:@463.4]
  assign FA_14_io_cin = io_matrix_i_2_22; // @[RA_Mul.scala 45:16:@464.4]
  assign FA_15_io_a = io_matrix_i_0_23; // @[RA_Mul.scala 43:14:@471.4]
  assign FA_15_io_b = io_matrix_i_1_23; // @[RA_Mul.scala 44:14:@472.4]
  assign FA_15_io_cin = io_matrix_i_2_23; // @[RA_Mul.scala 45:16:@473.4]
  assign FA_16_io_a = io_matrix_i_0_24; // @[RA_Mul.scala 43:14:@480.4]
  assign FA_16_io_b = io_matrix_i_1_24; // @[RA_Mul.scala 44:14:@481.4]
  assign FA_16_io_cin = io_matrix_i_2_24; // @[RA_Mul.scala 45:16:@482.4]
  assign FA_17_io_a = io_matrix_i_0_27; // @[RA_Mul.scala 43:14:@494.4]
  assign FA_17_io_b = io_matrix_i_1_27; // @[RA_Mul.scala 44:14:@495.4]
  assign FA_17_io_cin = io_matrix_i_2_27; // @[RA_Mul.scala 45:16:@496.4]
  assign FA_18_io_a = io_matrix_i_0_30; // @[RA_Mul.scala 43:14:@509.4]
  assign FA_18_io_b = io_matrix_i_1_30; // @[RA_Mul.scala 44:14:@510.4]
  assign FA_18_io_cin = io_matrix_i_2_30; // @[RA_Mul.scala 45:16:@511.4]
endmodule